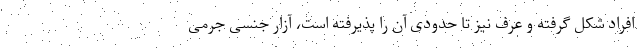
افراد شکل گرفته و عرف نیز تا حدودی آن را پذیرفته است، آزار جنسی جرمی